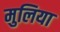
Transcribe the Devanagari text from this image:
मुलिया